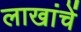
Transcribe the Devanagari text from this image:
लाखांचें